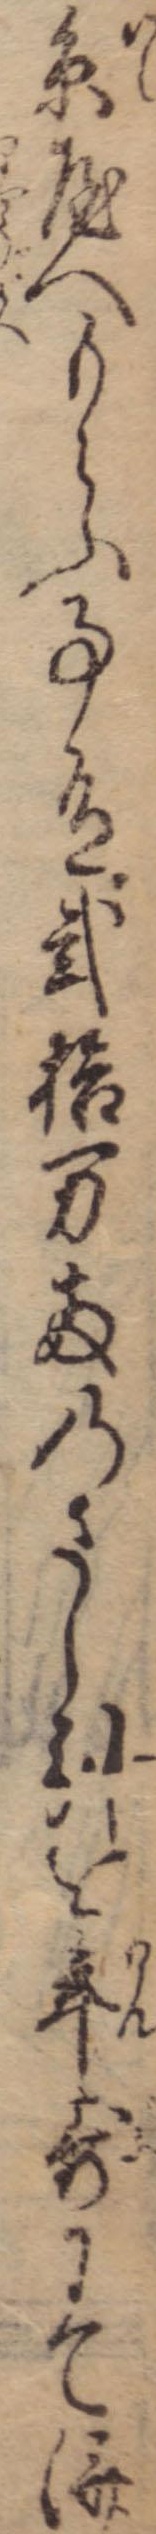
糸屋へもらふ事有弐拾万両のさし引を年歩にて済